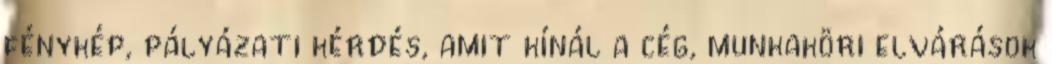
fénykép, pályázati kérdés, amit kínál a cég, munkaköri elvárások